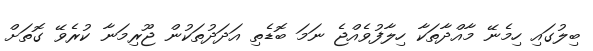
ބިލުގައި ހިމެނޭ މާއްދާތަކާ ހިލާފުވެއްޖެ ނަމަ ބޮޑެތި އަދަދުތަކުން ޖޫރިމަނާ ކުރެވޭ ގޮތަށް